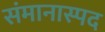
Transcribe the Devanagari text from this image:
संमानास्पद